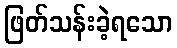
ဖြတ်သန်းခဲ့ရသော